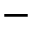
-